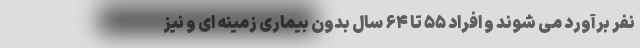
نفر برآورد می شوند و افراد ۵۵ تا ۶۴ سال بدون بیماری زمینه ای و نیز